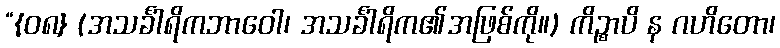
“{၀၈} (အသင်္ခါရိကဘာဝေါ၊ အသင်္ခါရိက၏အဖြစ်ကို။) ကိဉ္စာပိ န ဂဟိတော၊